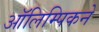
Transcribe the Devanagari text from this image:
ऑलिम्पिकने